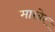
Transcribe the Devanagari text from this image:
मारबेर